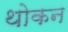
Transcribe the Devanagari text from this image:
थोकन